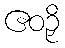
ဧဝဉှိ